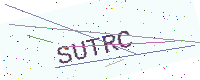
Text: SUTRC